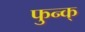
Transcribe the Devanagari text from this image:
फुन्क्